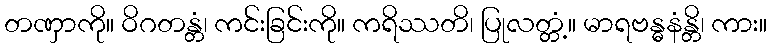
တဏှာကို။ ဝိဂတန္တံ၊ ကင်းခြင်းကို။ ကရိဿတိ၊ ပြုလတ္တံ့။ မာရဗန္ဓနံန္တိ၊ ကား။